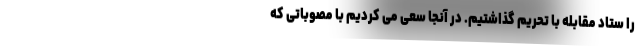
را ستاد مقابله با تحریم گذاشتیم. در آنجا سعی می کردیم با مصوباتی که